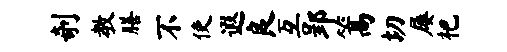
剞教膳不使遐良互郢篙切屡杷